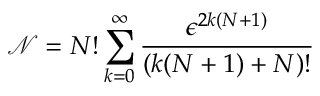
\mathcal { N } = N ! \sum _ { k = 0 } ^ { \infty } \frac { \epsilon ^ { 2 k ( N + 1 ) } } { ( k ( N + 1 ) + N ) ! }